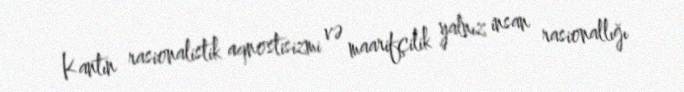
Kantın rasionalistik aqnostisizmi və maarifçilik yalnız insan rasionallığı